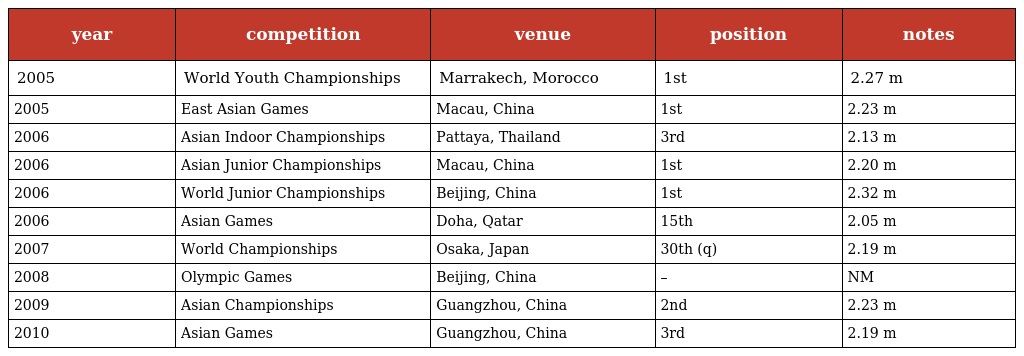
| year | competition | venue | position | notes |
 | --- | --- | --- | --- | --- |
 | 2005 | World Youth Championships | Marrakech, Morocco | 1st | 2.27 m |
 | 2005 | East Asian Games | Macau, China | 1st | 2.23 m |
 | 2006 | Asian Indoor Championships | Pattaya, Thailand | 3rd | 2.13 m |
 | 2006 | Asian Junior Championships | Macau, China | 1st | 2.20 m |
 | 2006 | World Junior Championships | Beijing, China | 1st | 2.32 m |
 | 2006 | Asian Games | Doha, Qatar | 15th | 2.05 m |
 | 2007 | World Championships | Osaka, Japan | 30th (q) | 2.19 m |
 | 2008 | Olympic Games | Beijing, China | – | NM |
 | 2009 | Asian Championships | Guangzhou, China | 2nd | 2.23 m |
 | 2010 | Asian Games | Guangzhou, China | 3rd | 2.19 m |